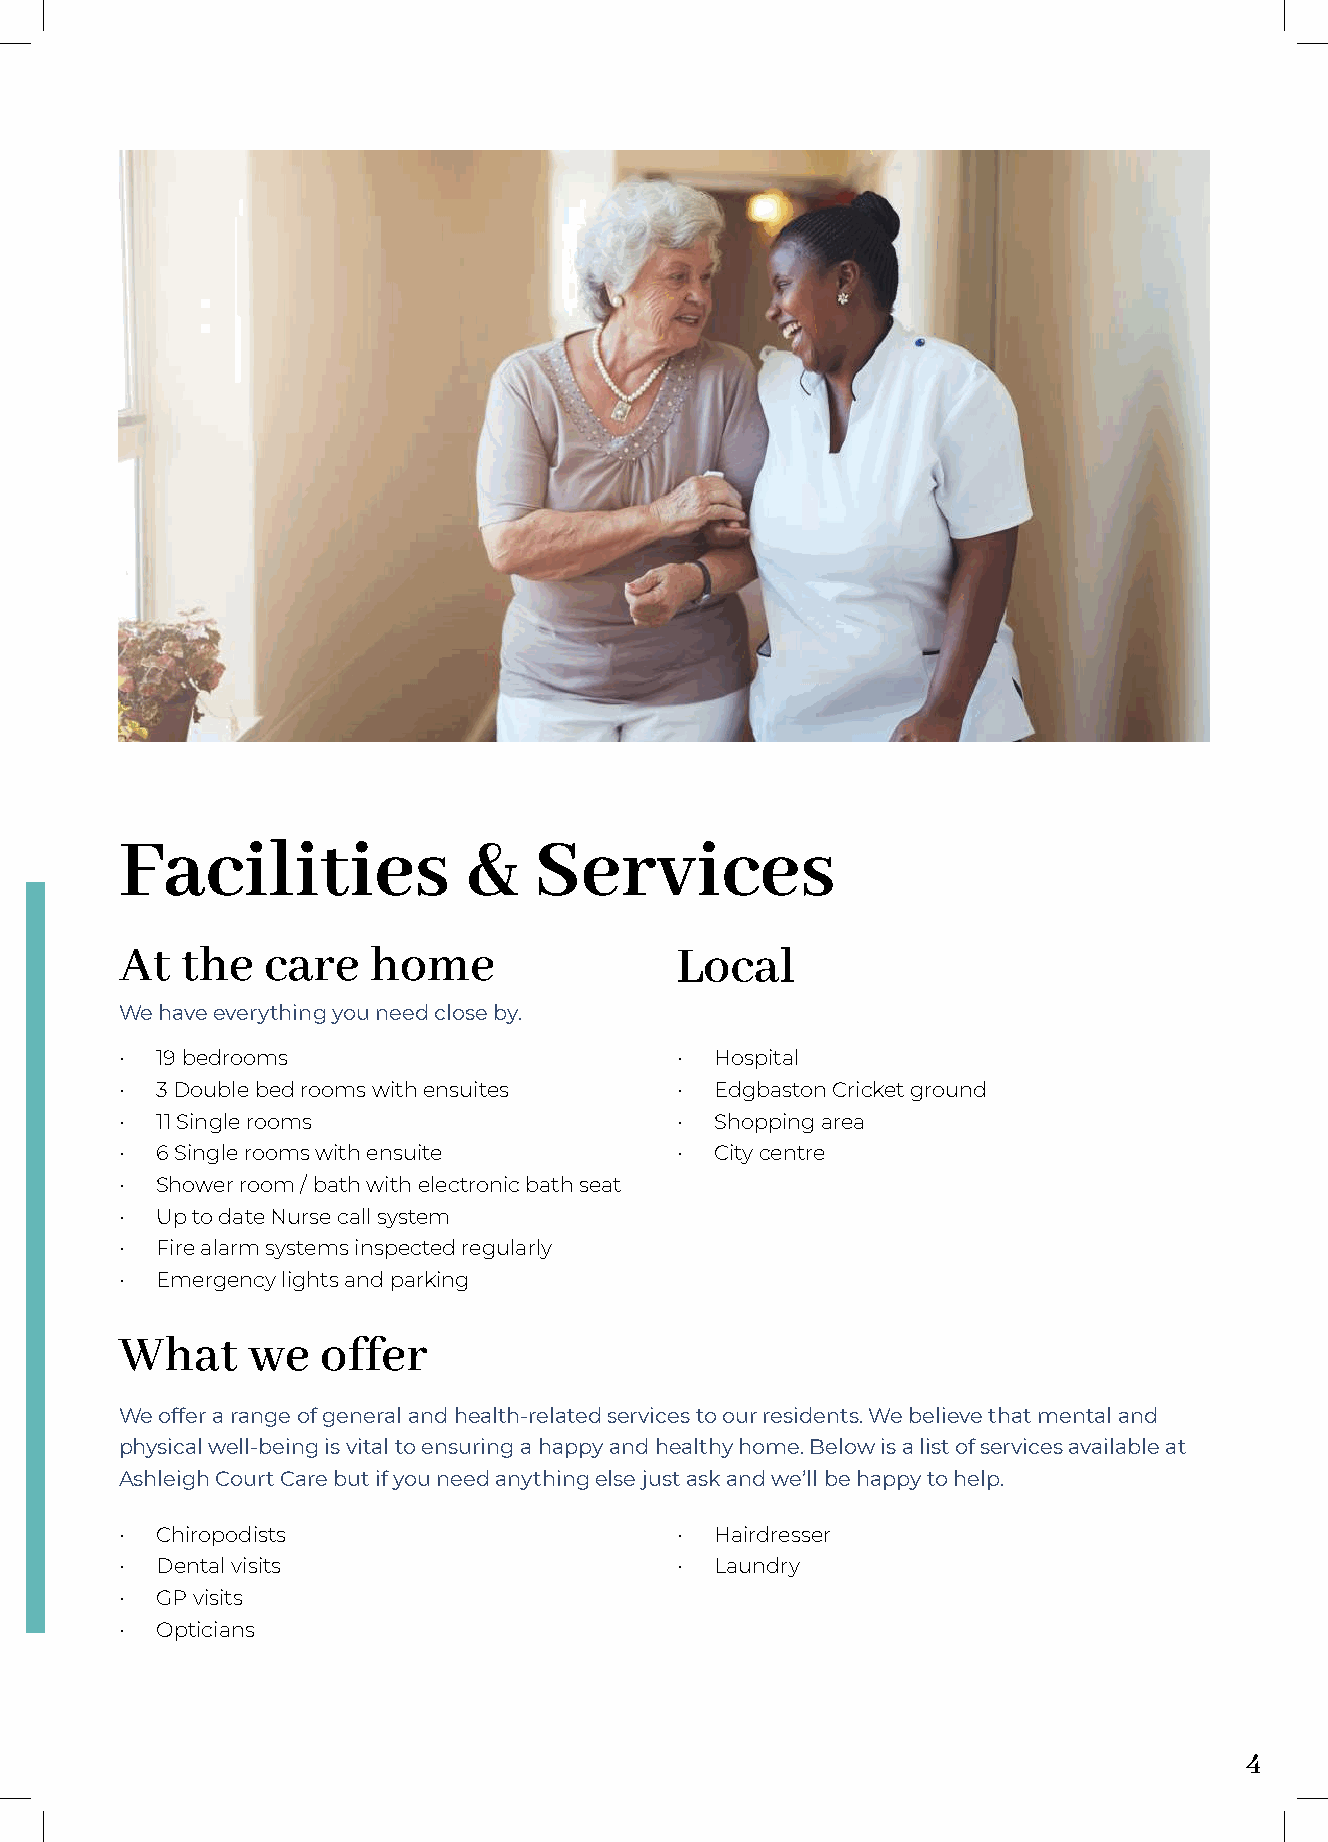
Facilities             &   Services
 At  the  care   home                 Local
 We have everything you need close by.
 • 19 bedrooms                        • Hospital
 • 3 Double bed rooms with ensuites   • Edgbaston Cricket ground
 • 11 Single rooms                    • Shopping area
 • 6 Single rooms with ensuite        • City centre
 • Shower room / bath with electronic bath seat
 • Up to date Nurse call system
 • Fire alarm systems inspected regularly
 • Emergency lights and parking
 What    we   offer
 We offer a range of general and health-related services to our residents. We believe that mental and
 physical well-being is vital to ensuring a happy and healthy home. Below is a list of services available at
 Ashleigh Court Care but if you need anything else just ask and we’ll be happy to help.
 • Chiropodists                       • Hairdresser
 • Dental visits                      • Laundry
 • GP visits
 • Opticians
 4